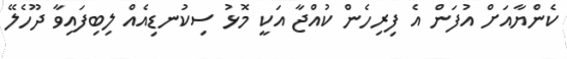
ކެންޔާއަށް އުފަން އެ ފިރިހެން ކުއްޖާ އަކީ މޮޅު ސިކުނޑިއެއް ލިބިފައިވާ ދޫހެލޭ